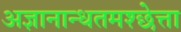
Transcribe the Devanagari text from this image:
अज्ञानान्धतमश्छेत्ता